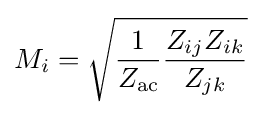
M_{i}={\sqrt {{\frac {1}{Z_{\text{ac}}}}{\frac {Z_{ij}Z_{ik}}{Z_{jk}}}}}